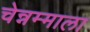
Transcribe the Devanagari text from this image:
चेन्नम्माला